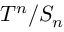
T ^ { n } / S _ { n }